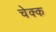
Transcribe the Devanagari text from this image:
चेक्क